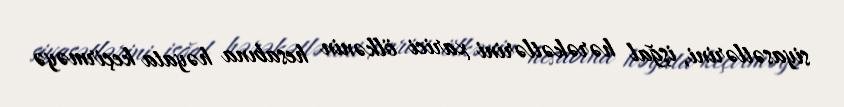
siyasətlərini, işğal hərəkətlərini xarici ölkənin hesabına həyata keçirməyə